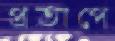
প্রতাপে